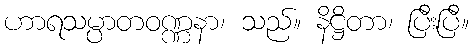
ဟာရသမ္ပာတဝဏ္ဏနာ၊ သည်။ နိဋ္ဌိတာ၊ ပြီးပြီ။